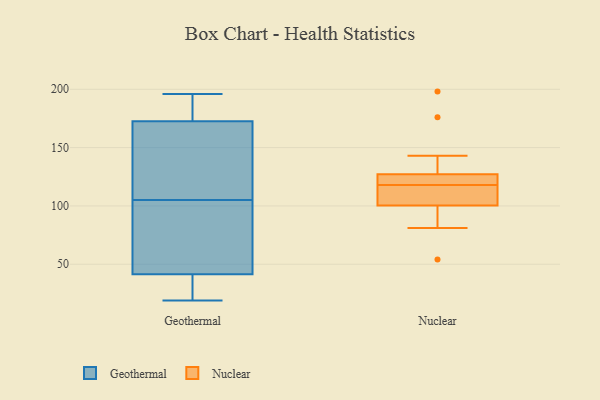
{"axis": {"x": "Headcount", "y": "Value"}, "legend": ["Geothermal", "Nuclear"], "data": [{"x": "", "y": 153, "type": "Geothermal"}, {"x": "", "y": 34, "type": "Geothermal"}, {"x": "", "y": 194, "type": "Geothermal"}, {"x": "", "y": 124, "type": "Geothermal"}, {"x": "", "y": 104, "type": "Geothermal"}, {"x": "", "y": 35, "type": "Geothermal"}, {"x": "", "y": 47, "type": "Geothermal"}, {"x": "", "y": 35, "type": "Geothermal"}, {"x": "", "y": 145, "type": "Geothermal"}, {"x": "", "y": 196, "type": "Geothermal"}, {"x": "", "y": 46, "type": "Geothermal"}, {"x": "", "y": 19, "type": "Geothermal"}, {"x": "", "y": 104, "type": "Geothermal"}, {"x": "", "y": 105, "type": "Geothermal"}, {"x": "", "y": 140, "type": "Geothermal"}, {"x": "", "y": 181, "type": "Geothermal"}, {"x": "", "y": 179, "type": "Geothermal"}, {"x": "", "y": 40, "type": "Geothermal"}, {"x": "", "y": 193, "type": "Geothermal"}, {"x": "", "y": 81, "type": "Nuclear"}, {"x": "", "y": 143, "type": "Nuclear"}, {"x": "", "y": 176, "type": "Nuclear"}, {"x": "", "y": 107, "type": "Nuclear"}, {"x": "", "y": 112, "type": "Nuclear"}, {"x": "", "y": 54, "type": "Nuclear"}, {"x": "", "y": 104, "type": "Nuclear"}, {"x": "", "y": 198, "type": "Nuclear"}, {"x": "", "y": 122, "type": "Nuclear"}, {"x": "", "y": 89, "type": "Nuclear"}, {"x": "", "y": 118, "type": "Nuclear"}, {"x": "", "y": 118, "type": "Nuclear"}, {"x": "", "y": 122, "type": "Nuclear"}]}